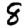
Digit: 8